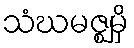
သံဃမဇ္ဈမှိ